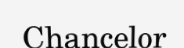
Chancelor